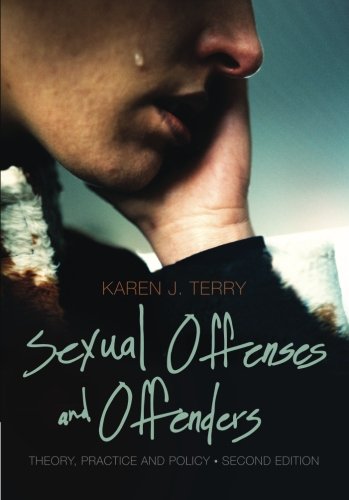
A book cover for Sexual Offenses and Offenders: Theory, Practice, and Policy; Karen J. Terry; Politics & Social Sciences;